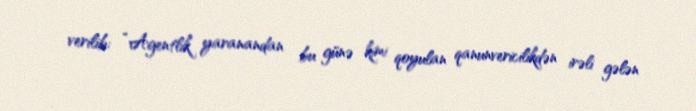
verilib: “Agentlik yaranandan bu günə kimi qoyulan qanunvericilikdən irəli gələn